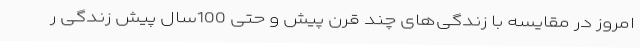
امروز در مقایسه با زندگی‌های چند قرن پیش و حتی 100سال پیش زندگی ر